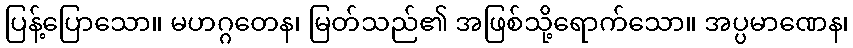
ပြန့်ပြောသော။ မဟဂ္ဂတေန၊ မြတ်သည်၏ အဖြစ်သို့ရောက်သော။ အပ္ပမာဏေန၊